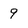
Character: 9